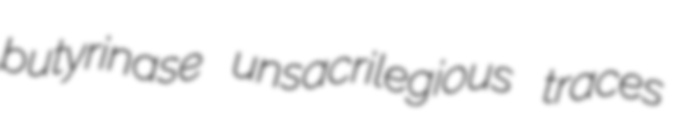
butyrinase unsacrilegious traces